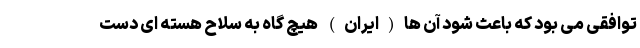
توافقی می بود که باعث شود آن ها(ایران) هیچ گاه به سلاح هسته ای دست